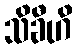
သိခီဟိ